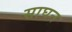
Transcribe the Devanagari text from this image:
साघन